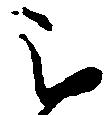
被